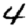
Digit: 4